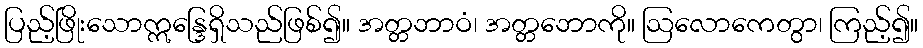
ပြည့်ဖြိုးသောဣန္ဒြေရှိသည်ဖြစ်၍။ အတ္တဘာဝံ၊ အတ္တဘောကို။ ဩလောကေတွာ၊ ကြည့်၍။